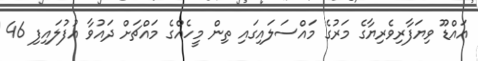
އައްޑޫ ވިޔަފާރިވެރިޔާގެ މަރުގެ މައްސަލައިގައި ތިން މީހެއްގެ މައްޗަށް ދައުވާ އުފުލައިފި 46